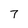
Character: 7